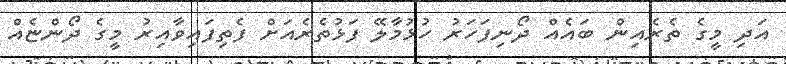
އަދި މީގެ ތެރެއިން ބައެއް ދޯނިފަހަރު ހުޅުމާލޭ ފަޅުތެރެއަށް ފެތިފައިވާއިރު މީގެ ދޯންޏެއް